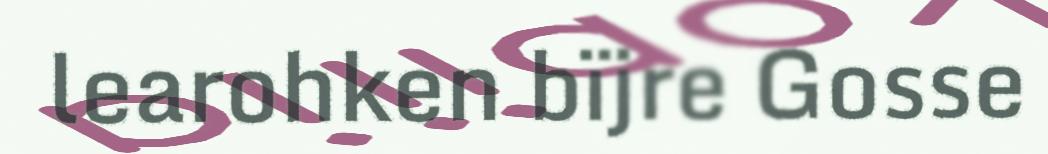
learohken bïjre Gosse